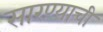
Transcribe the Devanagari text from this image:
सारण्याची